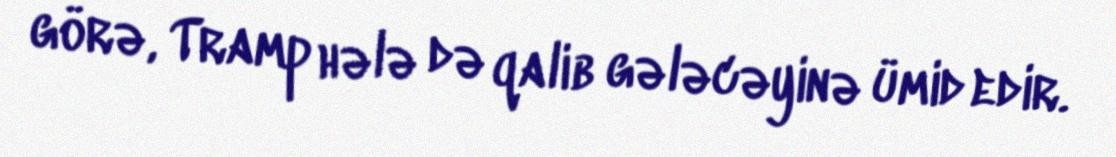
görə, Tramp hələ də qalib gələcəyinə ümid edir.